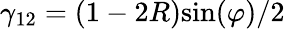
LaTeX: \gamma_{12}=(1-2R)\mathrm{sin}(\varphi)/2